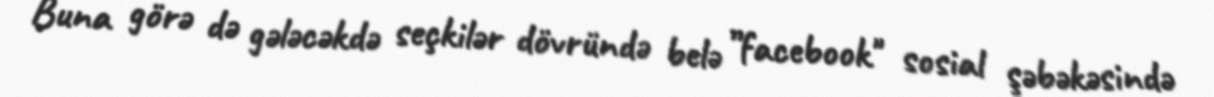
Buna görə də gələcəkdə seçkilər dövründə belə ”facebook" sosial şəbəkəsində